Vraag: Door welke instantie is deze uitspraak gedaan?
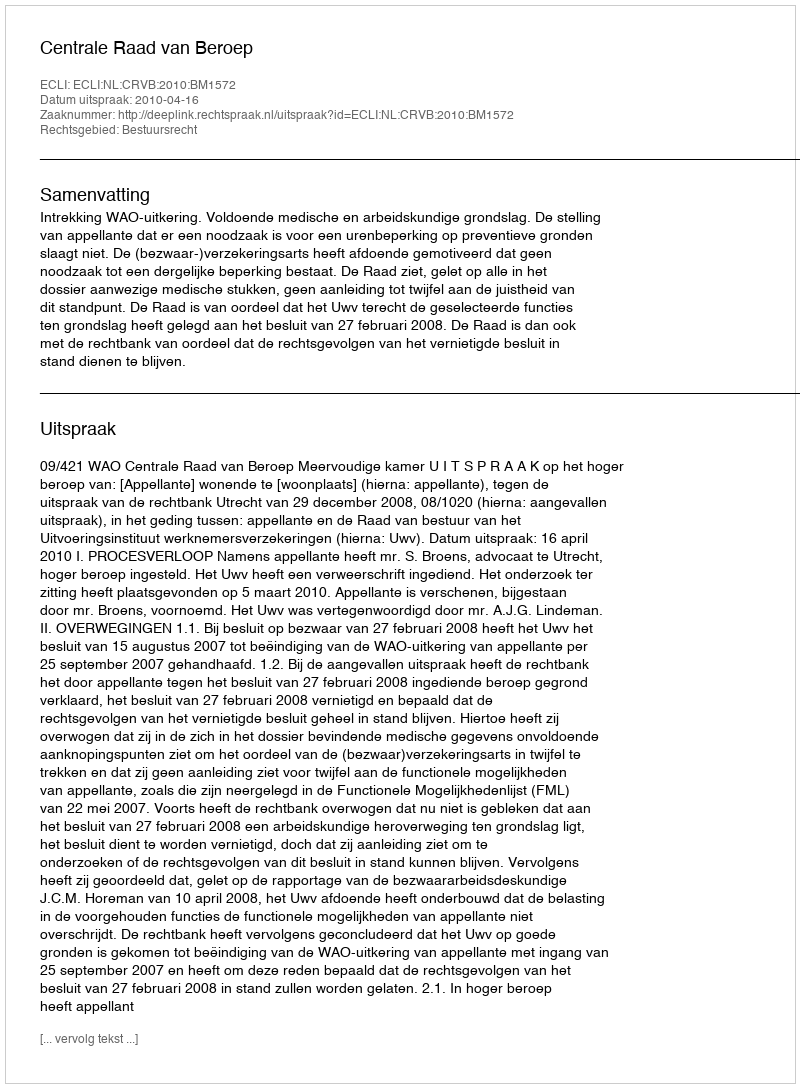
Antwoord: Centrale Raad van Beroep